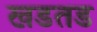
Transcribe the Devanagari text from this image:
खडतड